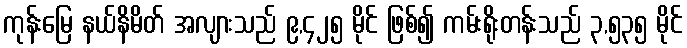
ကုန်းမြေ နယ်နိမိတ် အလျားသည် ၉,၄၂၅ မိုင် ဖြစ်၍ ကမ်းရိုးတန်းသည် ၃,၅၃၅ မိုင်